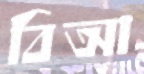
বিআ